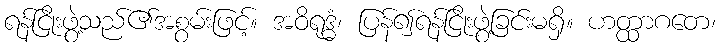
ရန်ငြိုးဖွဲ့သည်၏အစွမ်းဖြင့်။ အဝိရုဒ္ဓံ၊ ပြန်၍ရန်ငြိုးဖွဲ့ခြင်းမရှိ။ ဟတ္ထာဂတေ၊